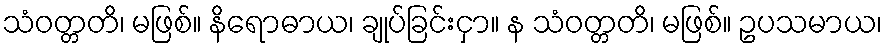
သံဝတ္တတိ၊ မဖြစ်။ နိရောဓာယ၊ ချုပ်ခြင်းငှာ။ န သံဝတ္တတိ၊ မဖြစ်။ ဥပသမာယ၊